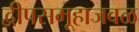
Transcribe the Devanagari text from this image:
द्वीपसमूहाजवळ